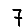
Digit: 7